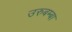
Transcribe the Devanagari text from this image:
उरुबम्बा